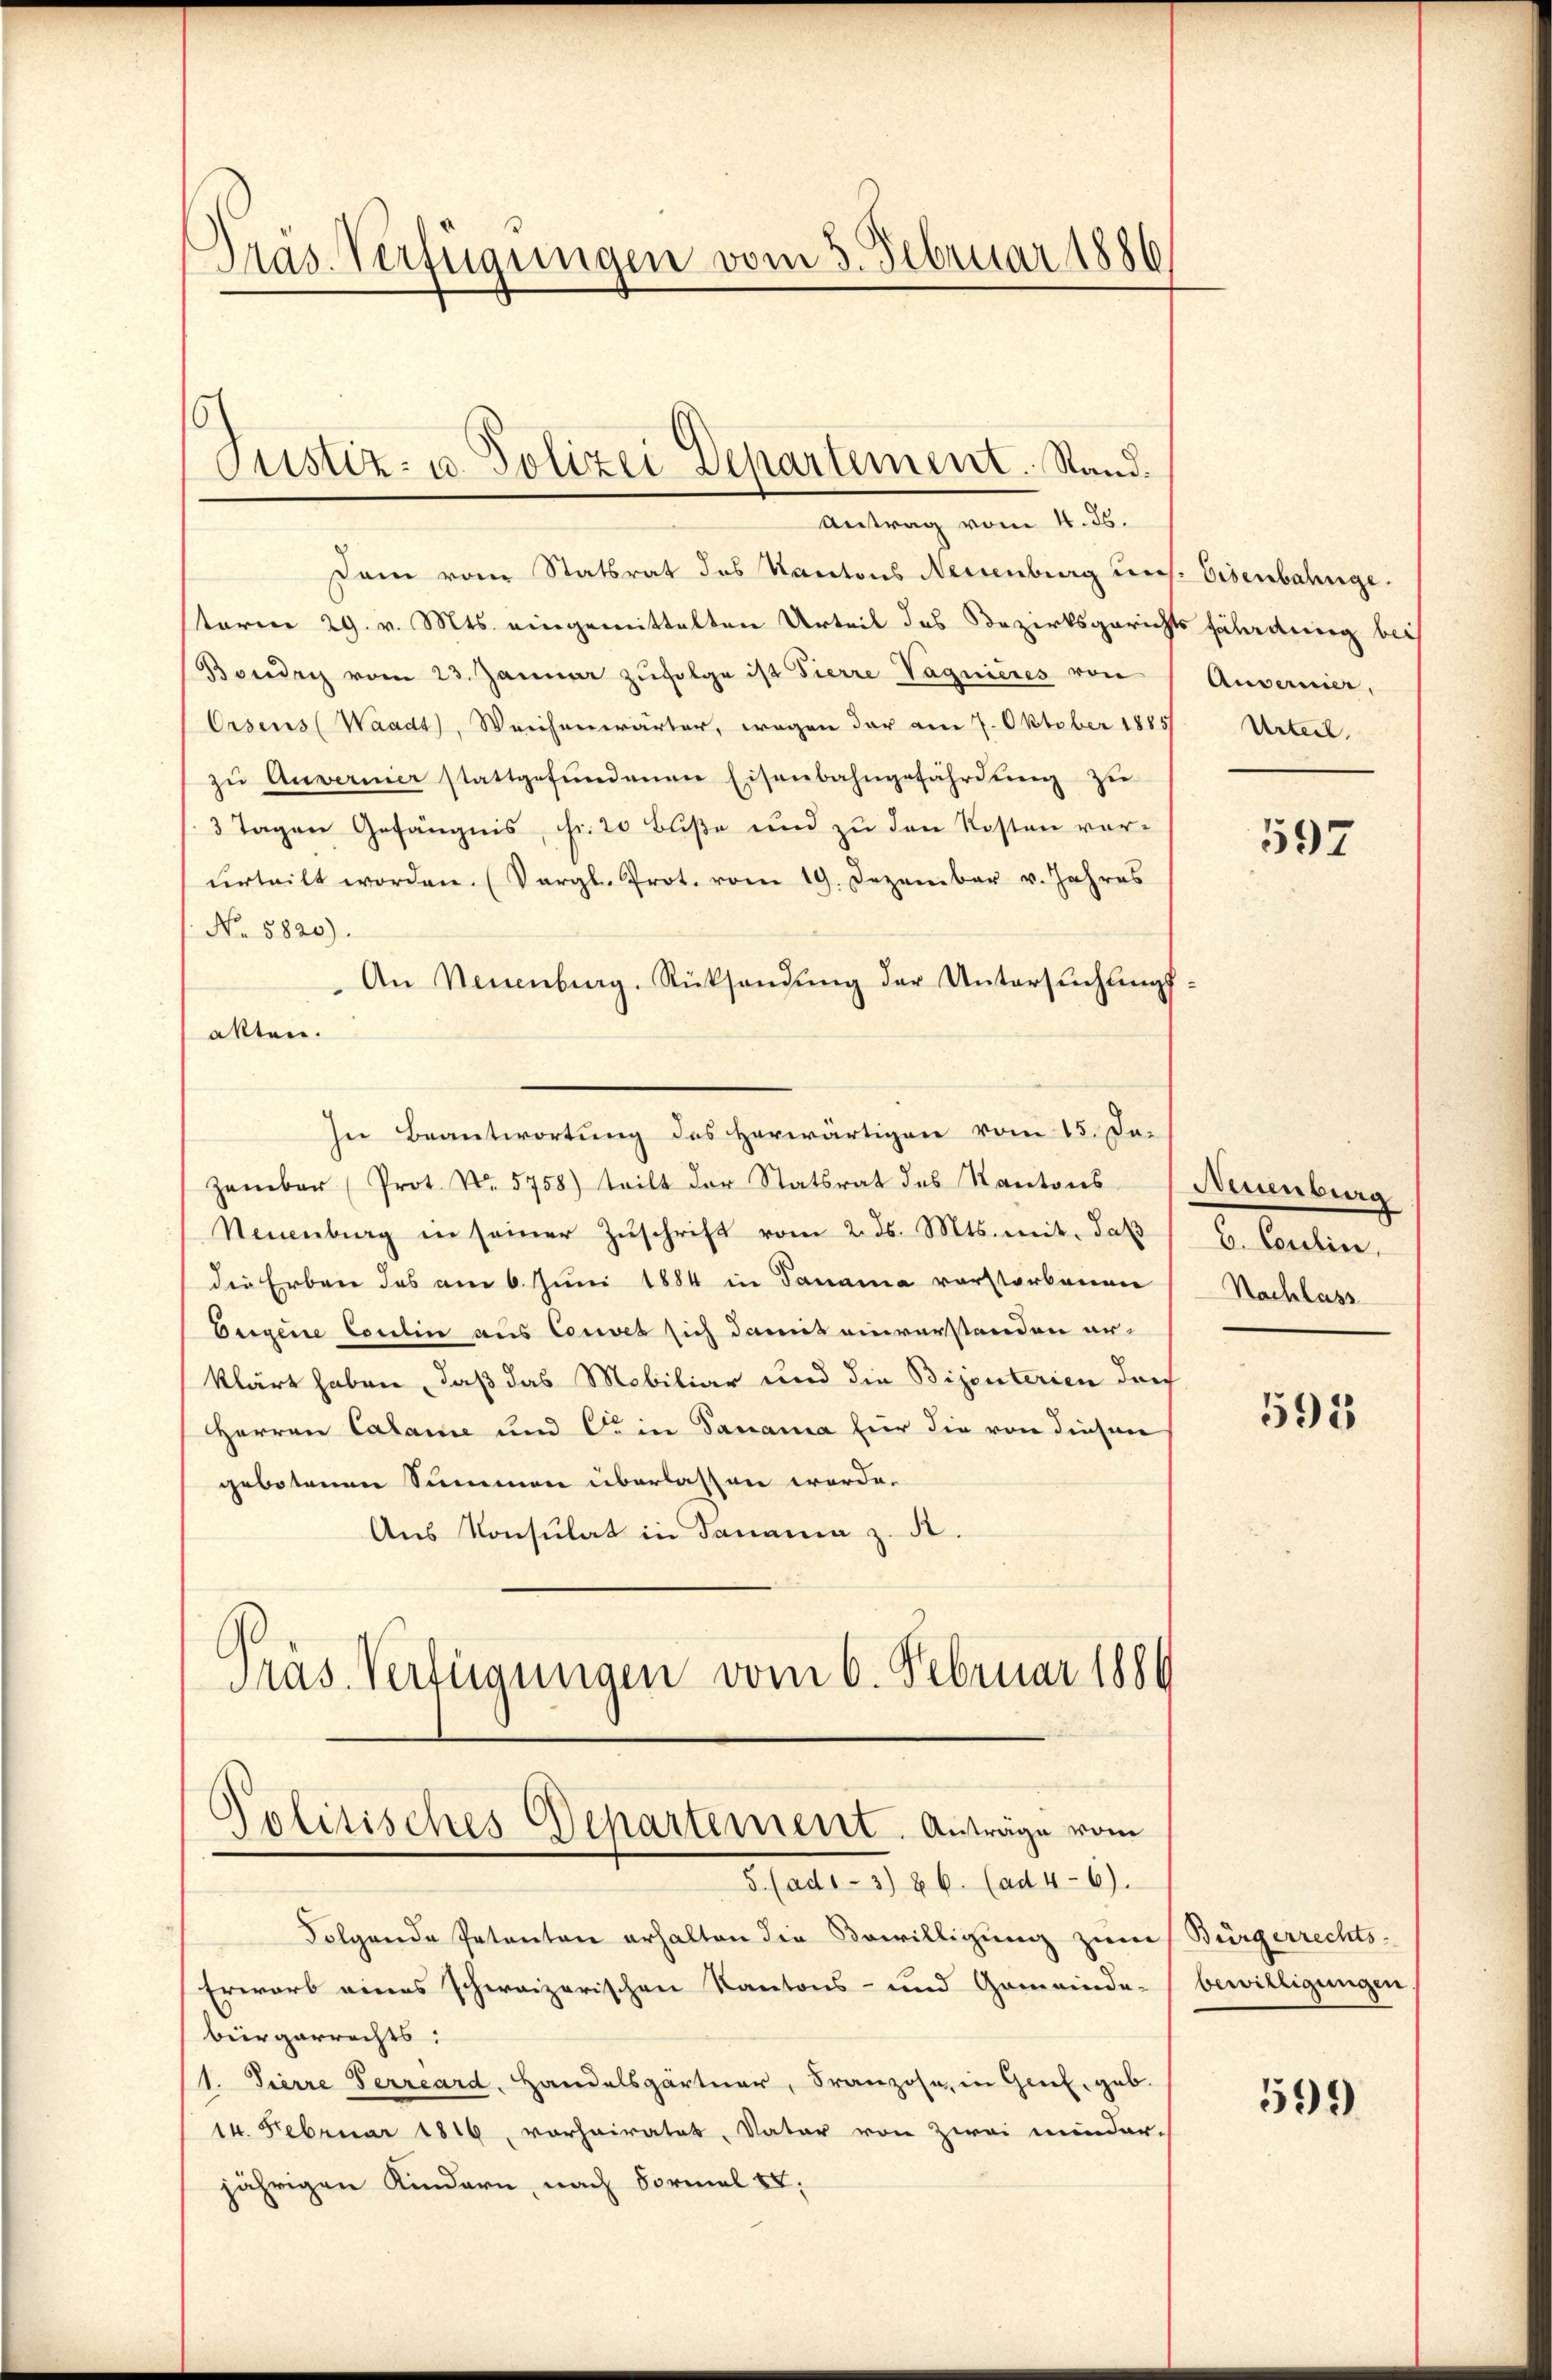
Pras. Verfügungen vom 3. Februar 1881

Dem vom Statsrat des Kantons Neuenburg uns. Eisenbahnge
sterm 29. v. Mts. eingemittelten Urteil des Bezirksgerichts fährdung bei
Boudry vom 23. Januar zŭfolge ist Fierre Vagnieres von   Anverner,
Orsens (Waadt, Weichenwärter, wegen der am 7. Oktober 1885
zŭ Anverner stattgefŭndenen Eisenbahngefährdŭng zŭ
3 Tagen Gefängnis, Fr. 20 Buße und zu den Kosten vorurteilt worden. (Vergl. Prot. vom 19. Dezember v. Jahres
No 5820).
An Neuenburg. Rücksendung der Untersuchungsakten.
In Beantwortung des Herwärtigen vom 15. De-
zember (Prot. No. 5758) teilt der Statsrat des Kantons Neuenburg
Neuenburg in seiner Zŭschrift vom 2. ds. Mts. mit, daß
die Erben des am 6. Juni 1884 in Panama vorstorbenen
Eigene Coulin aus Couves sich damit einverstanden erklärt haben, daß das Mobiliar und die Bijouterien doch
Herren Calame und Cie in Danama für die von diesen
gebotenen Summen überlassen worde.
Ans Konsulat in Panama z. R.
Präs. Verfügungen vom 6. Februar 1884

Justiz- u. Polizei Departement. Stand.
Antrag vom 4. 25.

Politisches Departement. Anträge vom
5. (ad.- 3) & 6. (ad 4-6).

Folgende Petenten erhalten die Bewilligung zum Bürgerrechts-
Erwarb eines schweizerischen Kantons- und Gemeinde-
beirgerrechts:
1. Tierre Terrard, Handelsgärtner, Franzose, in Genf, geb.
14. Februar 1816, vorhairatet, Vater von zwei minder-
jährigen Kindern, nach Formal IV.

Urteil.

597

b. Coulin,
Nachlass

593

bewilligungen

599)